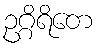
ဥဂ္ဂိရိတေ